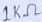
Text: 1KΩ